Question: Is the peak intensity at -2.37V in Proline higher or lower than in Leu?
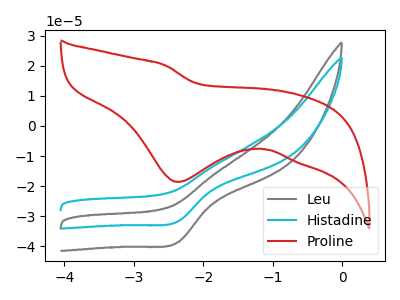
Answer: <think>The gray curve "Leu" has a cathodic peak at: (-2.35V, -38.65uA). The cyan curve "Histadine" has a cathodic peak at: (-2.35V, -31.75uA). The red curve "Proline" has a cathodic peak at: (-2.35V, -18.60uA).</think>
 <answer>The peak at -2.37V is lower in "Proline" than in "Leu".</answer>
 <eval>lower</eval>